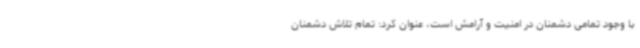
با وجود تمامی دشمنان در امنیت و آرامش است، عنوان کرد: تمام تلاش دشمنان